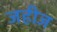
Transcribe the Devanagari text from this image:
जहीज